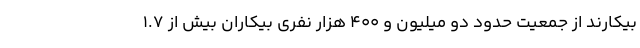
بیکارند از جمعیت حدود دو میلیون و ۴۰۰ هزار نفری بیکاران بیش از ۱.۷